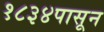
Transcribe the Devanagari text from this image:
१८३४पासून